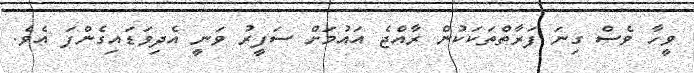
ވީހާ ވެސް ގިނަ ފަރާތްތަކަކުން ރާއްޖެ އައުމަށް ސަފީރު ވަނީ އެދިވަޑައިގެންފަ އެވެ.